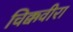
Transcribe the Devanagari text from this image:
चिक्कवीरा